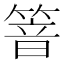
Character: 𰪍